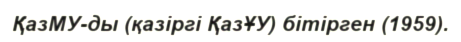
ҚазМУ-ды (қазіргі ҚазҰУ) бітірген (1959).